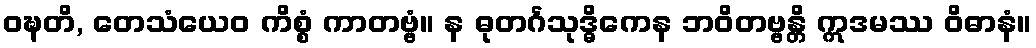
ဝဍ္ဎတိ, တေသံယေဝ ကိစ္စံ ကာတဗ္ဗံ။ န ဓုတင်္ဂသုဒ္ဓိကေန ဘဝိတဗ္ဗန္တိ ဣဒမဿ ဝိဓာနံ။